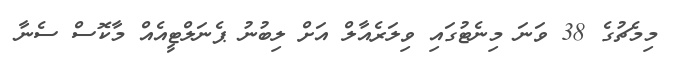
މިމެޗުގެ 38 ވަނަ މިނެޓުގައި ވިލަރެއާލް އަށް ލިބުނު ޕެނަލްޓީއެއް މާކޮސް ސެނާ